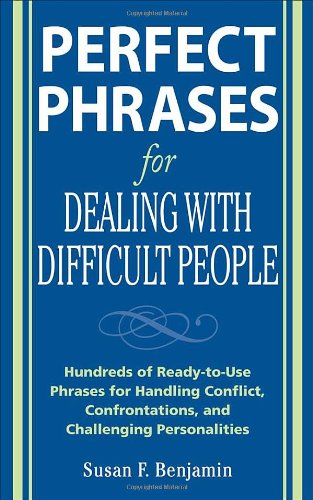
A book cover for Perfect Phrases for Dealing with Difficult People: Hundreds of Ready-to-Use Phrases for Handling Conflict, Confrontations and Challenging Personalities; Susan Benjamin; Reference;